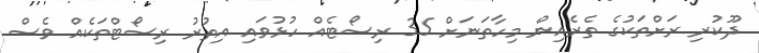
ދޫކުރި ރަށްތަކުގެ ތެރެއިން މިހާތަނަށް 35 ރިސޯޓެއް ހުޅުވައި އިތުރު ރިސޯޓްތަކެއް ވެސް